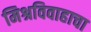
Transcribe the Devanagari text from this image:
मिश्रविवाहाचा